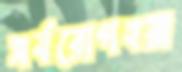
সর্বরোগহরা